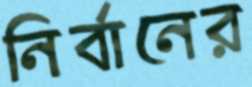
নির্বানের